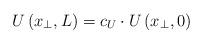
LaTeX: \begin{align*} U\left(x_{\perp},L\right) = c_{U}\cdot U\left(x_{\perp},0\right)\end{align*}